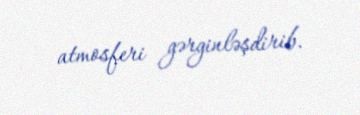
atmosferi gərginləşdirib.